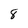
Character: 8